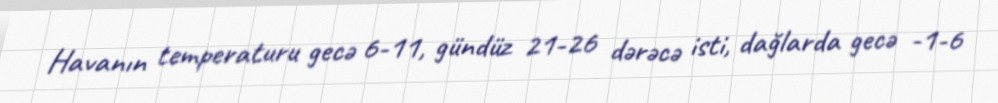
Havanın temperaturu gecə 6-11, gündüz 21-26 dərəcə isti, dağlarda gecə -1-6